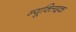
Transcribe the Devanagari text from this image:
न्यूक्‍लिइक